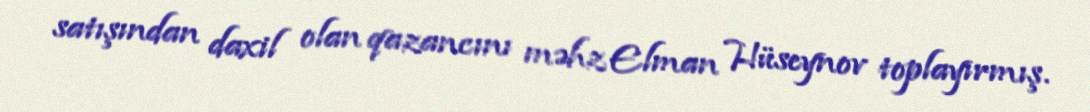
satışından daxil olan qazancını məhz Elman Hüseynov toplayırmış.